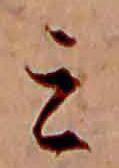
ミ